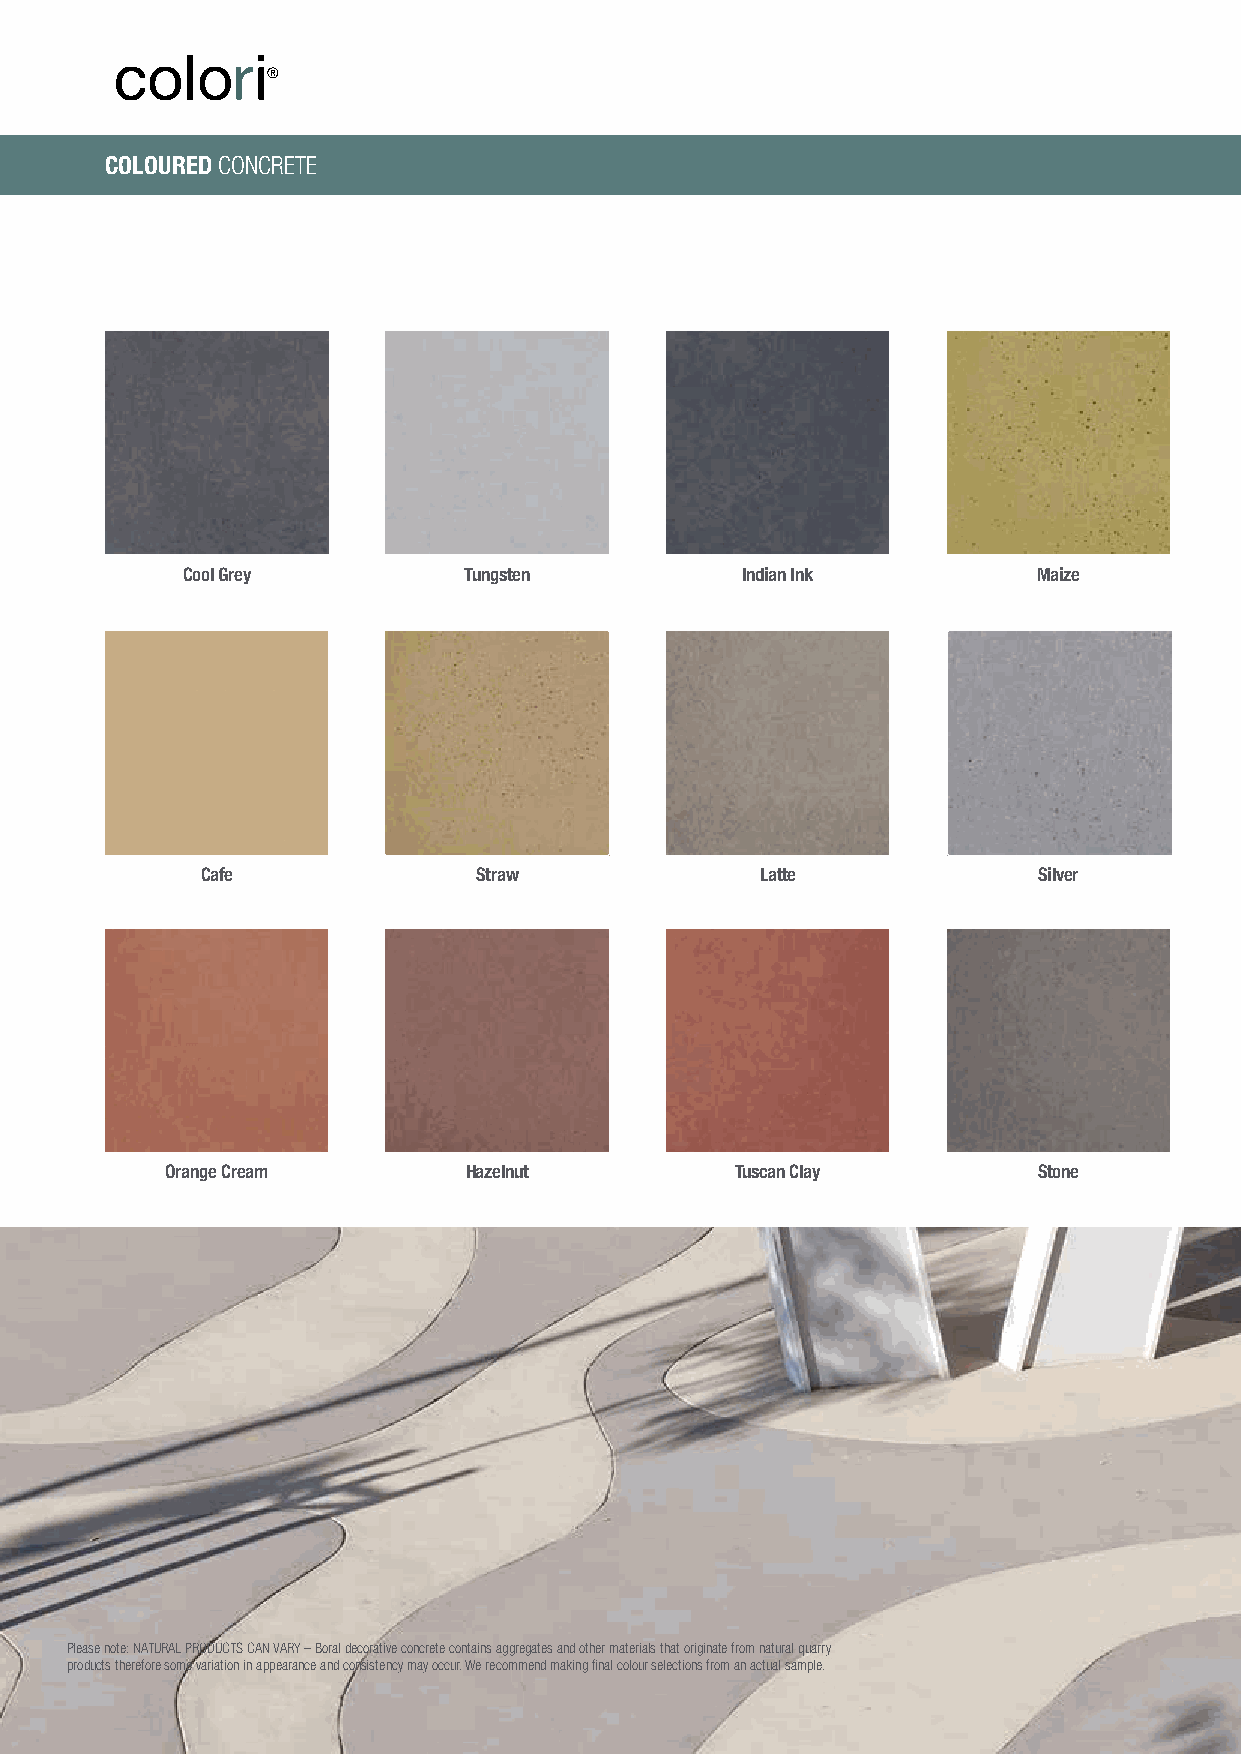
®
 ®
 COLOURED CONCRETE
 Cool Grey          Tungsten          Indian Ink          Maize
 Cafe              Straw              Latte              Silver
 Orange Cream        Hazelnut          Tuscan Clay         Stone
 Please note: NATURAL PRODUCTS CAN VARY – Boral decorative concrete contains aggregates and other materials that originate from natural quarry
 products therefore some variation in appearance and consistency may occur. We recommend making final colour selections from an actual sample.